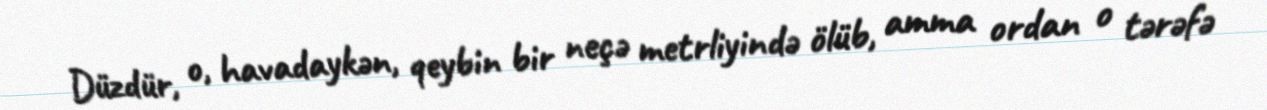
Düzdür, o, havadaykən, qeybin bir neçə metrliyində ölüb, amma ordan o tərəfə